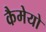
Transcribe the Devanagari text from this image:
कैमेयो